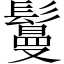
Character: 鬘